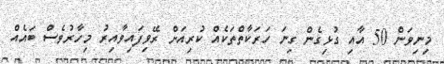
މިނިވަން 50 އާއި ގުޅިގެން ގިނަ ހަރަކާތްތަކެއް ކުރިއަށް ރޭވިފައިވާއިރު މިހާރުވެސް ބައެއް